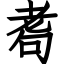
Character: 耈